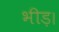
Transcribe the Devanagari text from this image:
भीड़।